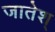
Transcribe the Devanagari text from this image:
जातेश्